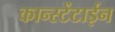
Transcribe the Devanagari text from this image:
कान्स्टेंटाईन